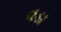
વડા